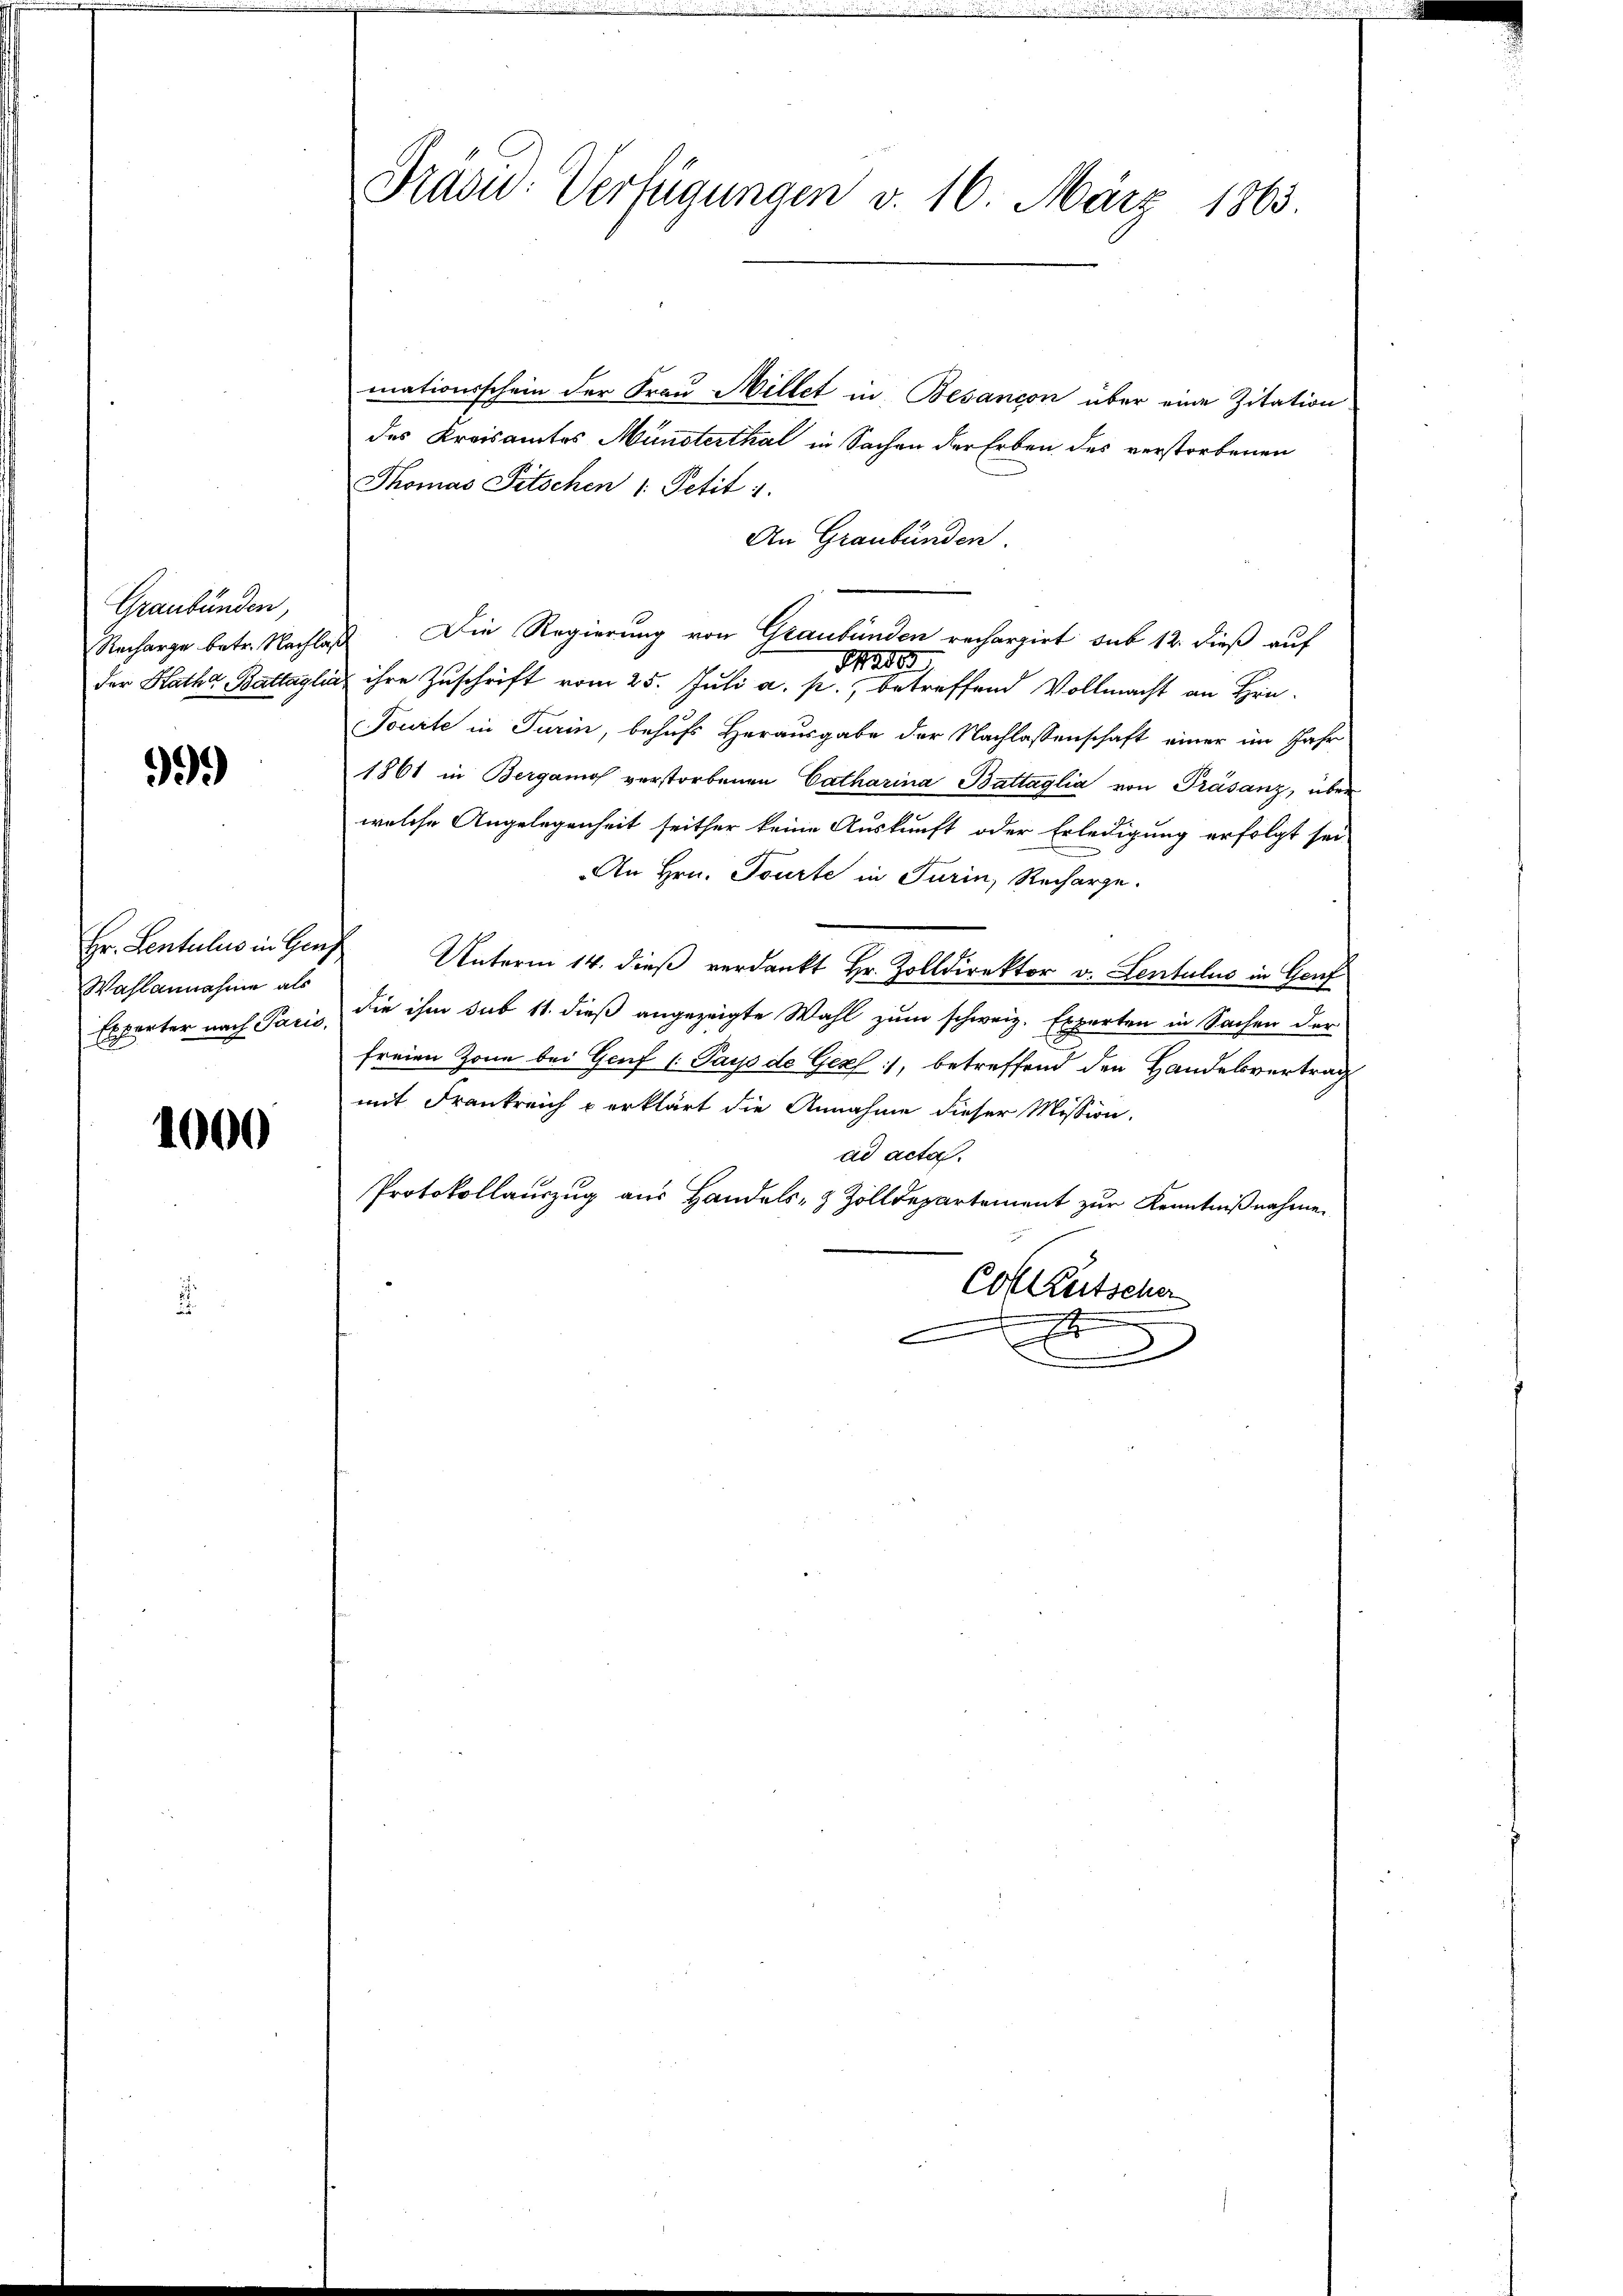
Graubünden,
Recharge betr. Nachlader Rathe Battagl

9.)

Hr. Lentulus in Genz
Wahlannahme als
Experter nach Paris,

1000

Präsid. Verfügungen d. 16. März 1863.

mationsschein der Frau Millet in Besançon über eine Zitation
des Kreisamtes Münsterthal in Sachen der Erben des verstorbenen
Thomas Pitschen 1. Petit 1.
An Graubünden.
 Die Regierung von Graubünden rechargirt sub 12. dieß auf
Mader
ihre Zuschrift vom 25. Juli a. p., betreffend Vollmacht an Hrn.
Tourte in Turin, behufs Herausgabe der Nachlassenschaft einer im Jahr
1861 in Bergamo verstorbenen Catharina Battaglia von Präsanz, über
welche Angelegenheit seither keine Auskunft oder Erledigung erfolgt sei
An Hrn. Tourte in Turin, Recharge.
Unterm 14. dieß verdankt Hr. Zolldirektor v. Lentulus in Genf
die ihm sub 11. dieß angezeigte Wahl zum schweiz. Experten in Sachen der
freien Zone bei Genf 1. Pays de Genf), betreffend den Handelsvertrag
mit Frankreich & erklärt die Annahme dieser Mission.
ad acta.
Protokollauszug aus Handels- & Zolldepartement zur Kenntnißnahme.
Col Kutscher
c
.
.